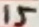
Text: 15